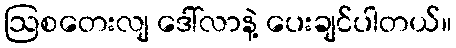
ဩစတေးလျ ဒေါ်လာနဲ့ ပေးချင်ပါတယ်။